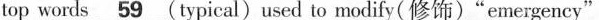
top words \underline{59}(typical)used to modify(修饰)"emergency"